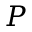
P